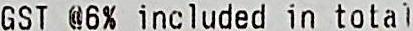
GST @6% INCLUDED IN TOTAL